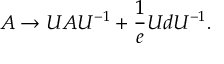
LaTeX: A \rightarrow U A U ^ { - 1 } + \frac { 1 } { e } U d U ^ { - 1 } .